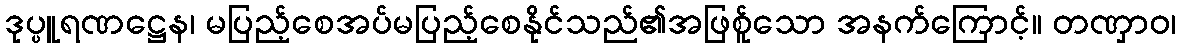
ဒုပ္ပူရဏဋ္ဌေန၊ မပြည့်စေအပ်မပြည့်စေနိုင်သည်၏အဖြစ်ူသော အနက်ကြောင့်။ တဏှာဝ၊